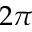
2 \pi